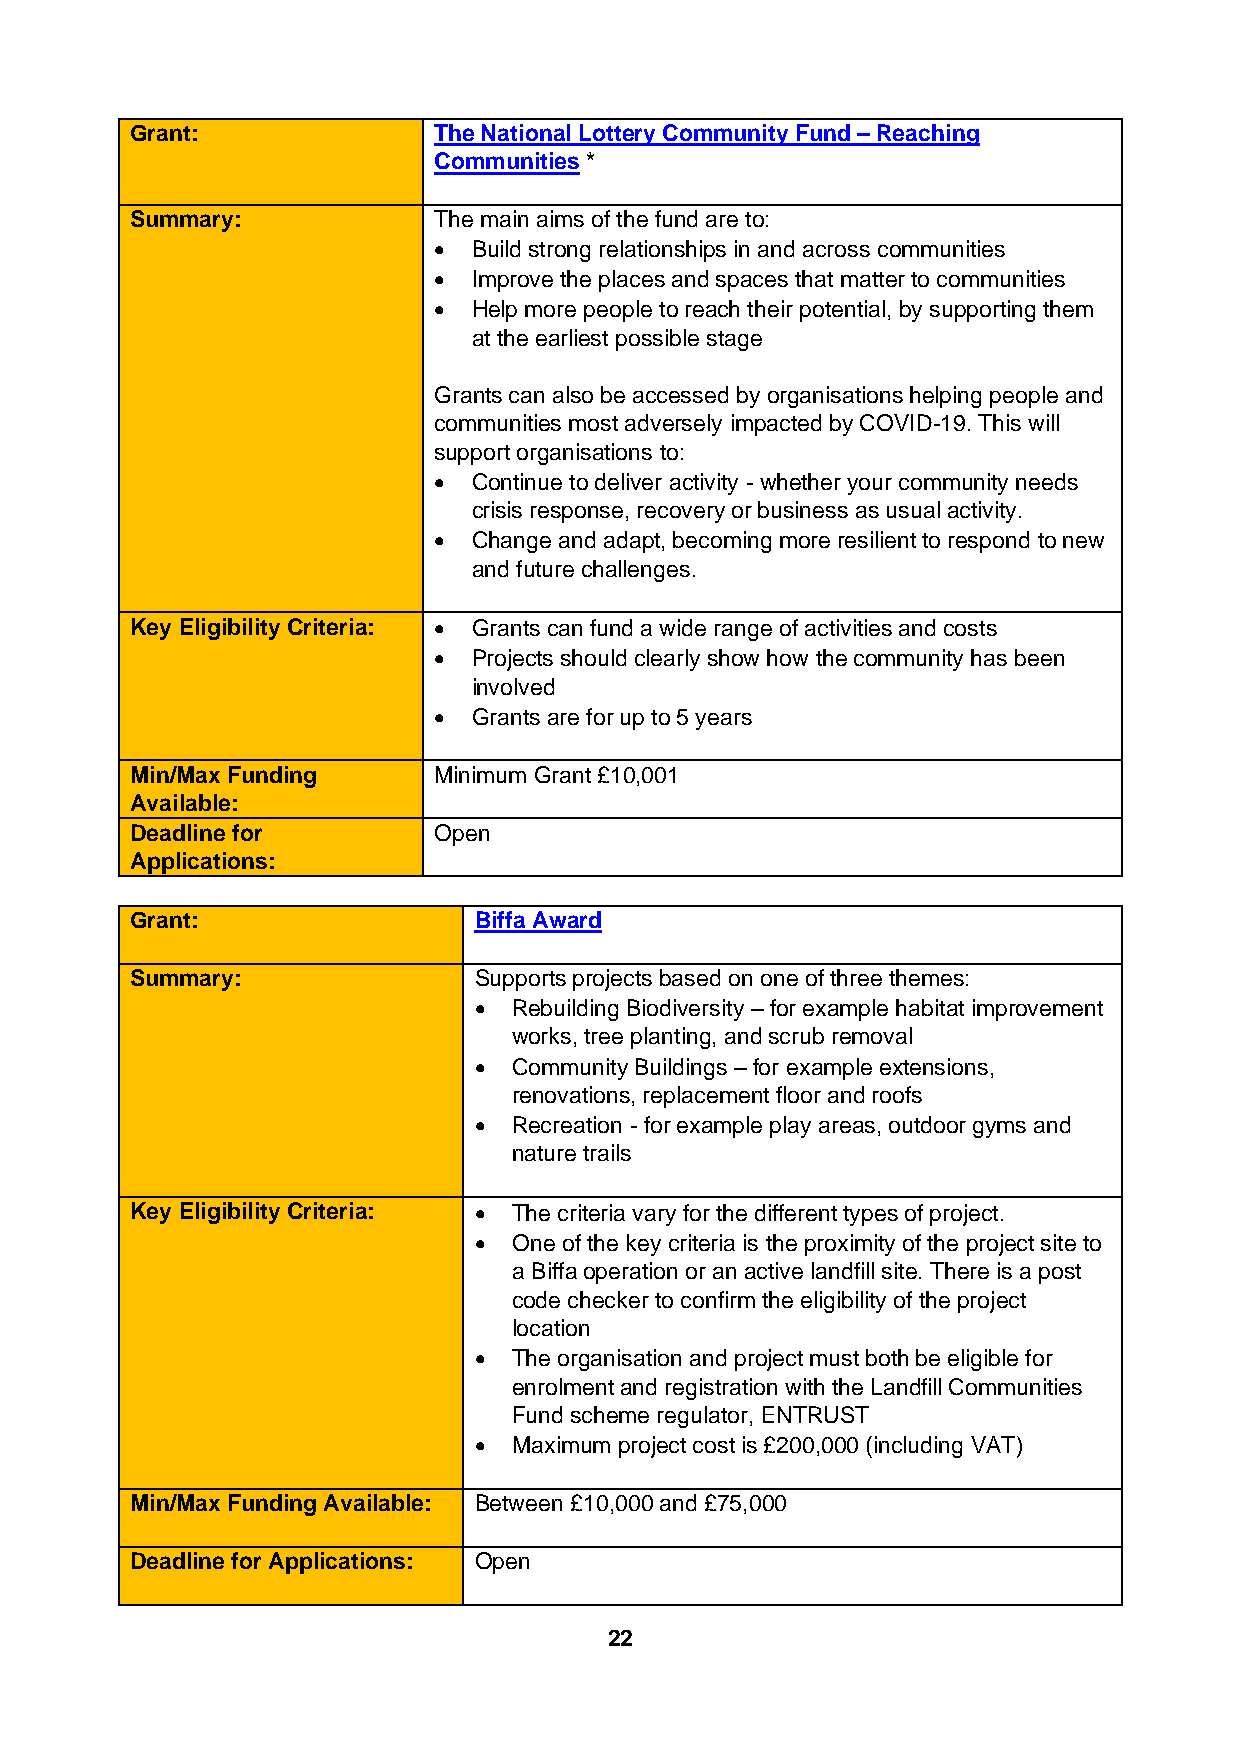
Grant:              The National Lottery Community Fund – Reaching
 Communities *
 Summary:            The main aims of the fund are to:
 • Build strong relationships in and across communities
 • Improve the places and spaces that matter to communities
 • Help more people to reach their potential, by supporting them
 at the earliest possible stage
 Grants can also be accessed by organisations helping people and
 communities most adversely impacted by COVID-19. This will
 support organisations to:
 • Continue to deliver activity - whether your community needs
 crisis response, recovery or business as usual activity.
 • Change and adapt, becoming more resilient to respond to new
 and future challenges.
 Key Eligibility Criteria: • Grants can fund a wide range of activities and costs
 • Projects should clearly show how the community has been
 involved
 • Grants are for up to 5 years
 Min/Max Funding     Minimum Grant £10,001
 Available:
 Deadline for        Open
 Applications:
 Grant:                Biffa Award
 Summary:              Supports projects based on one of three themes:
 •  Rebuilding Biodiversity – for example habitat improvement
 works, tree planting, and scrub removal
 •  Community Buildings – for example extensions,
 renovations, replacement floor and roofs
 •  Recreation - for example play areas, outdoor gyms and
 nature trails
 Key Eligibility Criteria: • The criteria vary for the different types of project.
 •  One of the key criteria is the proximity of the project site to
 a Biffa operation or an active landfill site. There is a post
 code checker to confirm the eligibility of the project
 location
 •  The organisation and project must both be eligible for
 enrolment and registration with the Landfill Communities
 Fund scheme regulator, ENTRUST
 •  Maximum project cost is £200,000 (including VAT)
 Min/Max Funding Available: Between £10,000 and £75,000
 Deadline for Applications: Open
 22